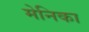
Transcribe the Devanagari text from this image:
मेनिका